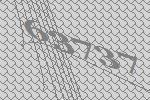
63737